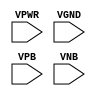
module sky130_fd_sc_lp__tapvgnd2 (
    VPWR,
    VGND,
    VPB ,
    VNB
);

    input VPWR;
    input VGND;
    input VPB ;
    input VNB ;
endmodule